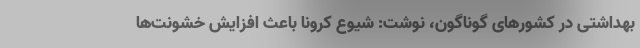
بهداشتی در کشورهای گوناگون، نوشت: شیوع کرونا باعث افزایش خشونت‌ها